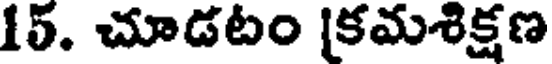
15. చూడటం [కమశిక్షణ